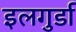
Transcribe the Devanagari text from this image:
इलगुर्डा